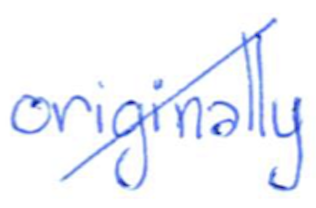
Text: originally
Cross-out: diagonal
Writing tool: ballpoint